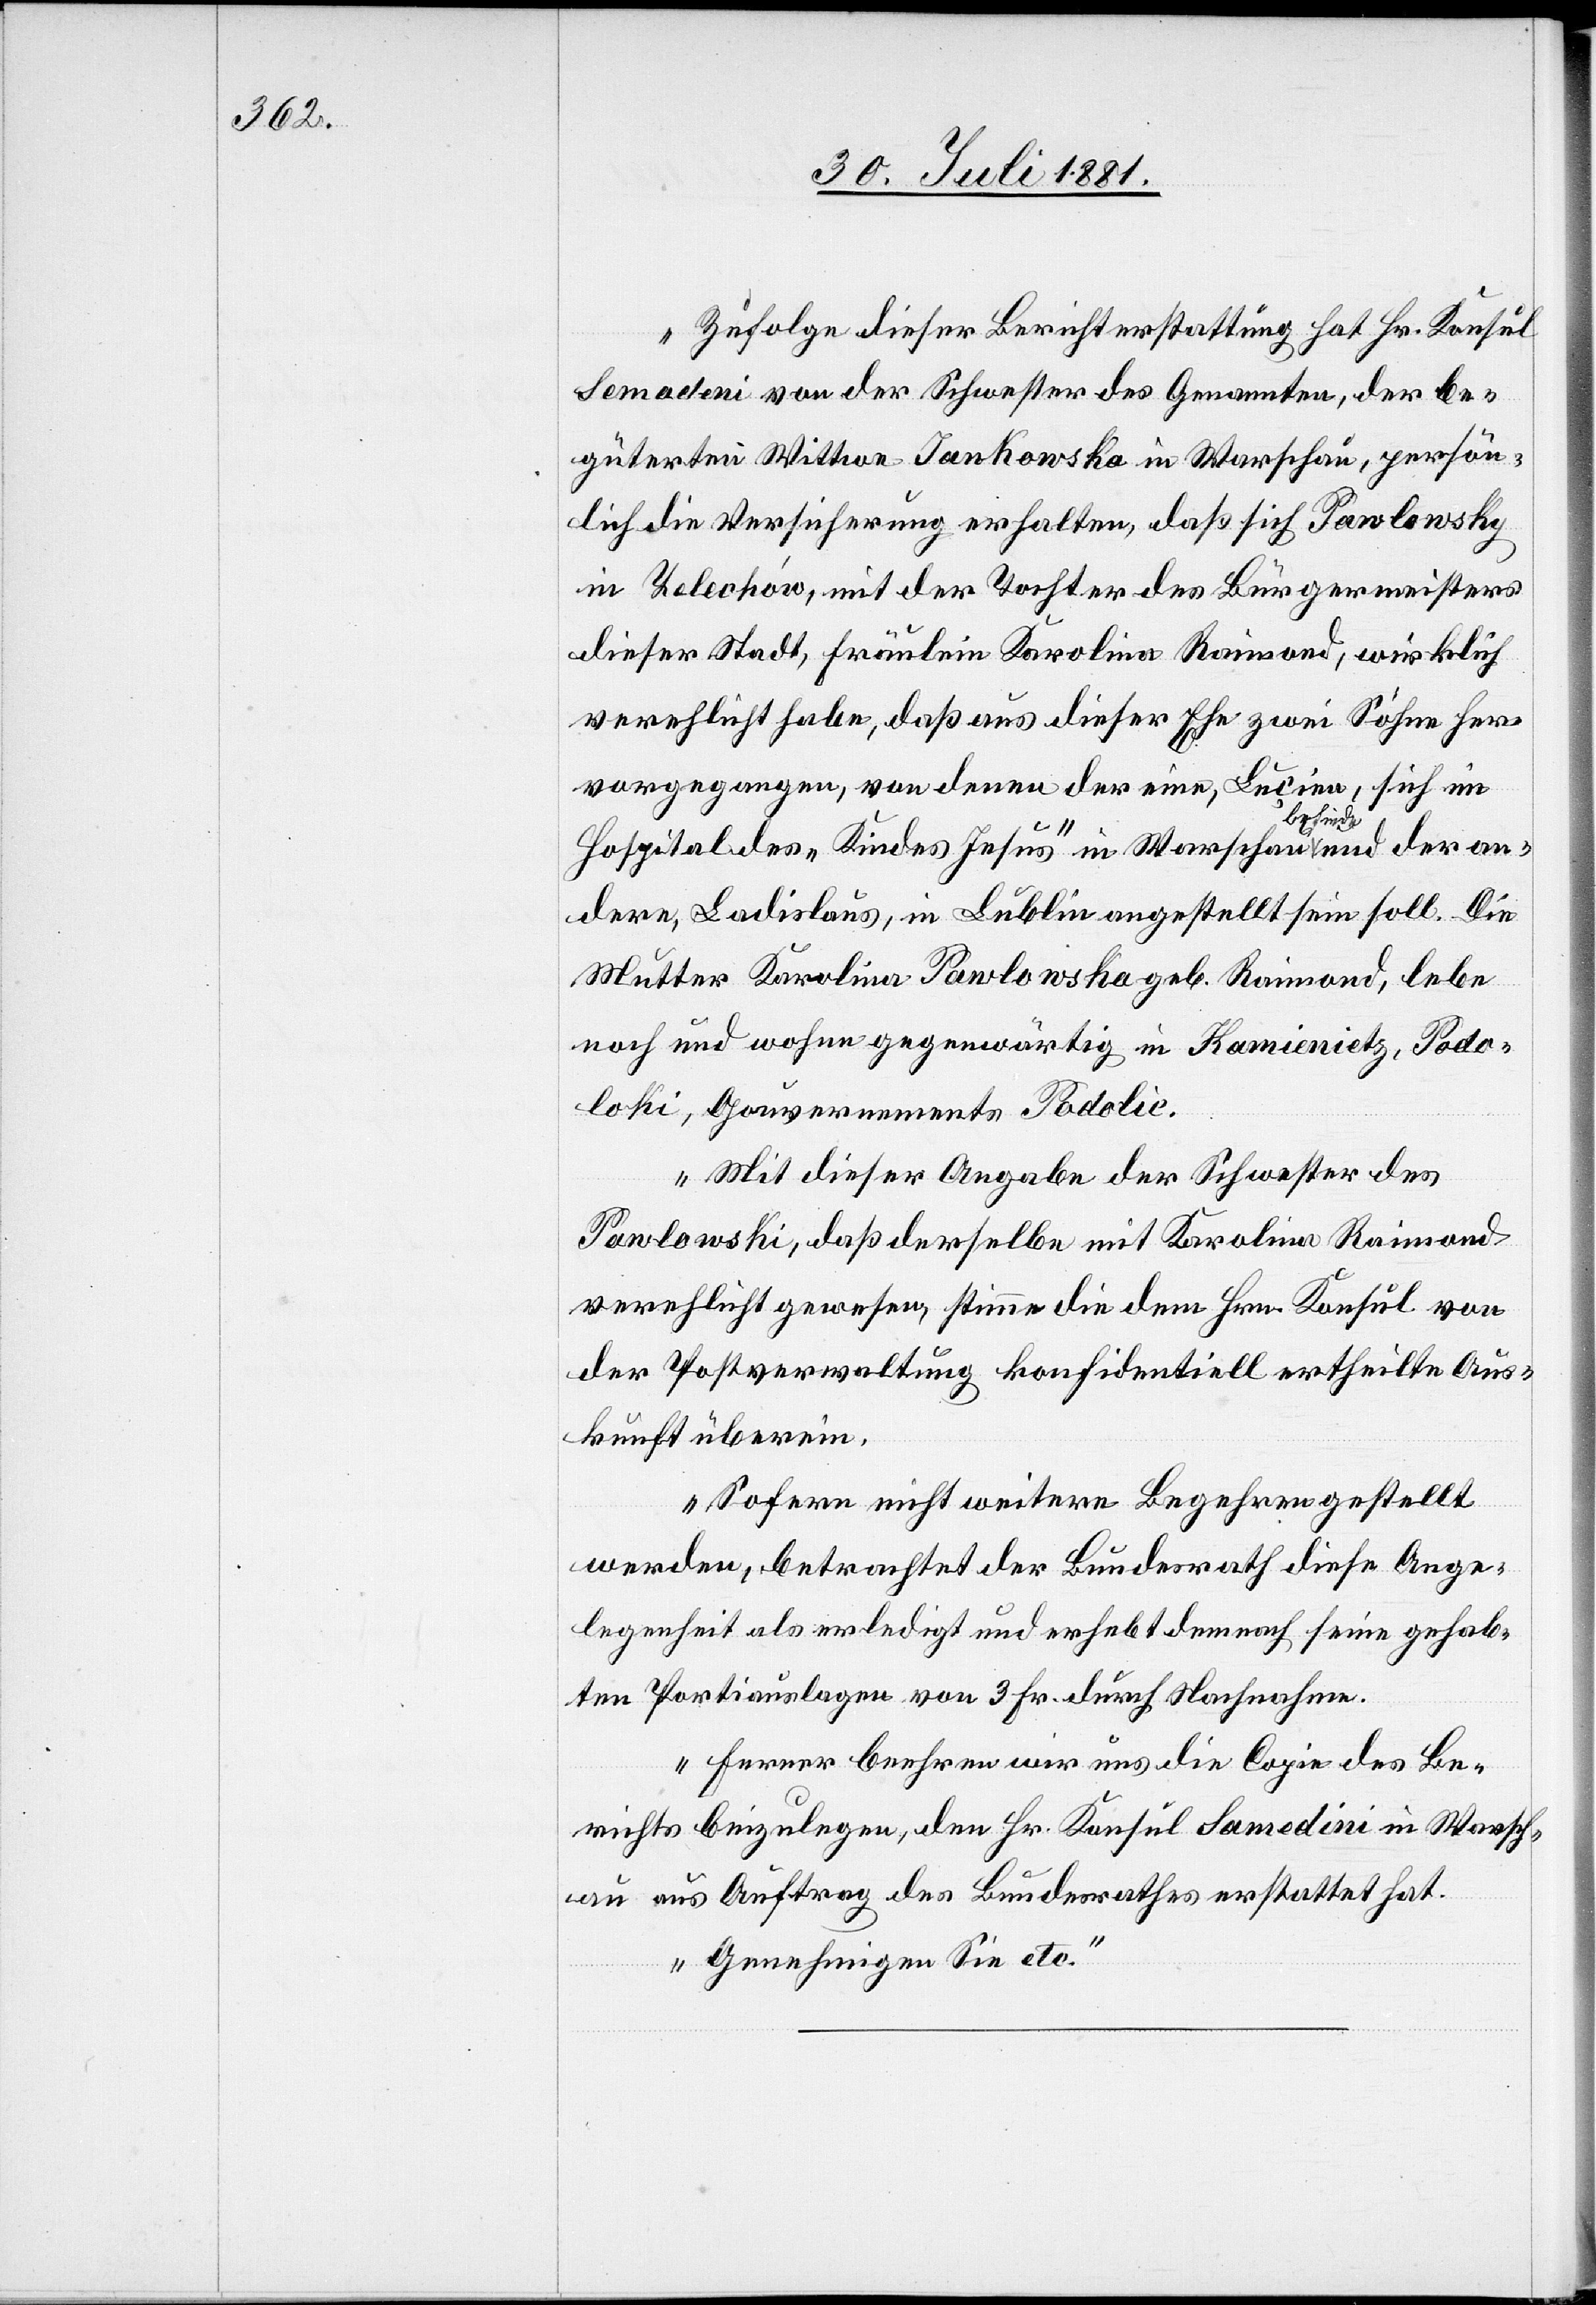
Zufolge dieser Berichterstattung hat Hr. Konsul
Semadeni von der Schwester des Genannten, der be¬
güterten Wittwe Jankowska in Warschau, persön¬
lich die Versicherung erhalten, daß sich Pawlowsky
in Telechów [sic!], mit der Tochter des Bürgermeisters
dieser Stadt, Fräulein Karolina Raimond [sic!], wirklich
verehelicht habe, daß aus dieser Ehe zwei Söhne her¬
vorgegangen, von denen der eine, Lucien, sich im
Hospital des „Kindes Jesus“ in Warschau befinde und der an¬
dere, Ladislaus, in Lublin angestellt sein soll. Die
Mutter Karolina Pawlowska geb. Raimond, lebe
noch und wohne gegenwärtig in Kamienietz, Podo¬
lski, Gouvernements Padolic.
Mit dieser Angabe der Schwester des
Pawlowski, daß derselbe mit Karolina Raimond
verehlicht gewesen, stimmt die dem Hrn. Konsul von
der Postverwaltung konfidentiell ertheilte Aus¬
kunft überein.
Sofern nicht weitere Begehren gestellt
werden, betrachtet der Bundesrath diese Ange¬
legenheit als erledigt und erhebt demnach seine gehab¬
ten Portiausgaben von 3. Fr. durch Nachnahme.
Ferner beehren wir uns die Copie des Be¬
richtes beizulegen, den Hr. Konsul Samedini [sic!] in Warsch¬
au aus Auftrag des Bundesrathes erstattet hat.
Genehmigen Sie etc.“